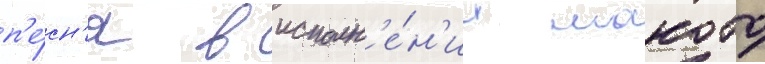
п'е́сн'я в исполн'е́н'ии макото